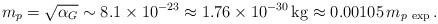
LaTeX: \begin{align*}m_p = \sqrt{\alpha_G} \sim 8.1 \times 10^{-23} \approx 1.76 \times 10^{-30} \, \mathrm{kg} \approx 0.00105 \, m_{p\ \mathrm{exp}}\,. \end{align*}